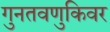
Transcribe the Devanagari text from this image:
गुनतवणुकिवर